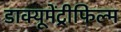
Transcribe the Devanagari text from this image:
डाक्यूमेंट्रीफिल्म